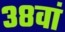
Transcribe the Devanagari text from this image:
३८वां